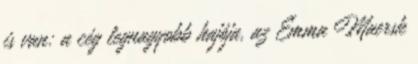
is van: a cég legnagyobb hajója, az Emma Maersk